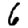
Digit: 6